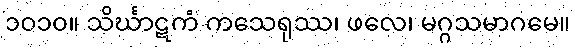
၁၀၁၀။ သိင်္ဃာဋကံ ကသေရုဿ၊ ဖလေ၊ မဂ္ဂသမာဂမေ။